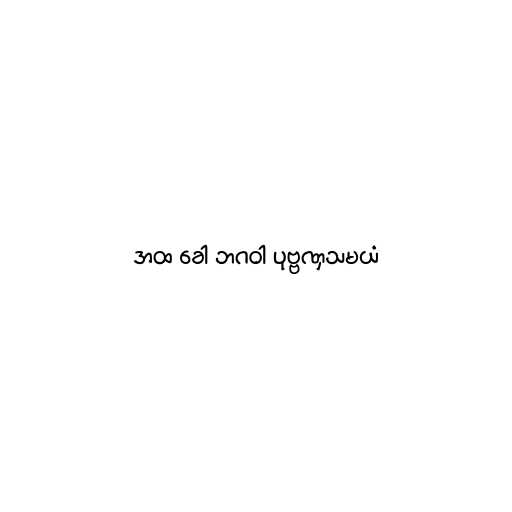
အထ ခေါ ဘဂဝါ ပုဗ္ဗဏှသမယံ